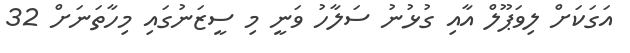
އަގަކަށް ލިވަޕޫލް އާއި ގުޅުނު ސަލާހު ވަނީ މި ސީޒަނުގައި މިހާތަނަށް 32